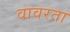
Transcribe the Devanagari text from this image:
वावरता